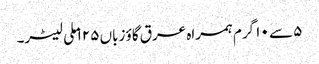
۵ سے ۱۰ گرم ہمراہ عرق گاؤ زباں ۱۲۵ ملی لیٹر۔